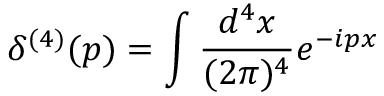
\delta ^ { ( 4 ) } ( p ) = \int \frac { d ^ { 4 } x } { ( 2 \pi ) ^ { 4 } } e ^ { - i p x }